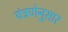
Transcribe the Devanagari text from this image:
यंत्रणेनुसार